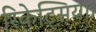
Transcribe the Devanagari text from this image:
रिकेट्सिया।